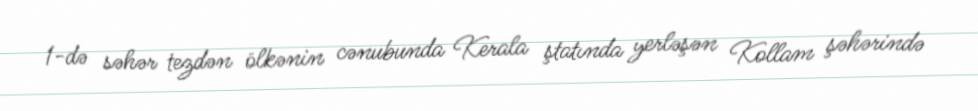
1-də səhər tezdən ölkənin cənubunda Kerala ştatında yerləşən Kollam şəhərində